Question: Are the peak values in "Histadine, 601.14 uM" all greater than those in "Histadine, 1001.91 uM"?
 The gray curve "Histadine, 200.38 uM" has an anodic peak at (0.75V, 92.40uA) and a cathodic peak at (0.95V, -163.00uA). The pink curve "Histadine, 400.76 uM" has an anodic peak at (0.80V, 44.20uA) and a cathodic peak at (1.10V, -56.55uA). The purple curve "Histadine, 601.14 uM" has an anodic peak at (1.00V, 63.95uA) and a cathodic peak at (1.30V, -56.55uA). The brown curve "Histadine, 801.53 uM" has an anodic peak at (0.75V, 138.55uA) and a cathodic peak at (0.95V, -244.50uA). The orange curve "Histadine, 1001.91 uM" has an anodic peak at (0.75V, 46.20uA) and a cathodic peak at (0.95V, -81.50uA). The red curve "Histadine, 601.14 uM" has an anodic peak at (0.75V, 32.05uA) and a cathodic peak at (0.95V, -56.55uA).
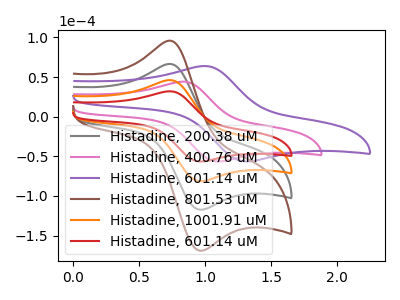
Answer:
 <answer>Every peak in "Histadine, 601.14 uM" is lower than every peak in "Histadine, 1001.91 uM".</answer>
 <eval>lower</eval>